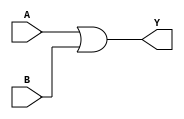
module OR_gate (
    input A,
    input B,
    output Y
);

assign Y = A | B; // Verilog OR operator used to perform logical OR operation

endmodule